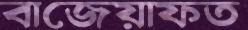
বাজেয়াফত